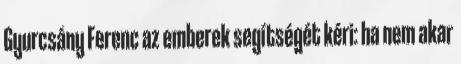
Gyurcsány Ferenc az emberek segítségét kéri: ha nem akar